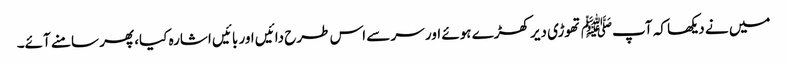
میں نے دیکھا کہ آپﷺ تھوڑی دیر کھڑے ہوئے اور سر سے اس طرح دائیں اور بائیں اشارہ کیا، پھر سامنے آئے۔